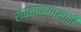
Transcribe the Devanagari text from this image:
राबवाण्यासाठी